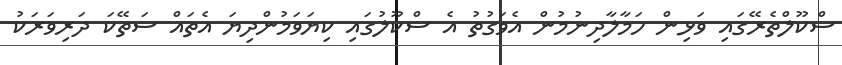
ސްކޫލްތެރޭގައި ވަޅިން ހަމާލާދިނުމުން އެވަގުތު އެ ސްކޫލުގައި ކިޔަވަމުުންދިޔަ އެތައް ސަތޭކަ ދަރިވަރަކު